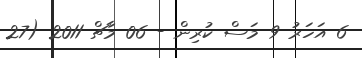
6 އަހަރު 9 މަސް ކުރިން - 06 މާޗް 2011 (27